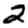
Digit: 2